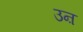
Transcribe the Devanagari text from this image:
उऩ